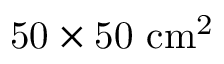
\mathrm { 5 0 \times 5 0 ~ c m ^ { 2 } }